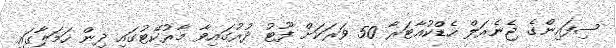
ސިފައިންގެ ޖެނެރަލް ހެޑްކުއާޓަރާ 50 ވަރަކަށް ފޫޓު ދުރުގައިވާ މާރުކޭޓުގައި ދިން ހަމަލާގައި